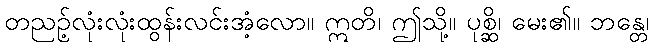
တညဉ့်လုံးလုံးထွန်းလင်းအံ့လော။ ဣတိ၊ ဤသို့။ ပုစ္ဆိ၊ မေး၏။ ဘန္တေ၊